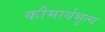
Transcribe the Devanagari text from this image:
कौमार्यभृत्य